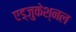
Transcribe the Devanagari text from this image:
एड्जुकेश्नल